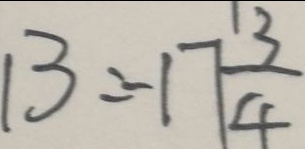
1 3 = - 1 7 \frac { 1 3 } { 4 }